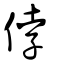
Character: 侼